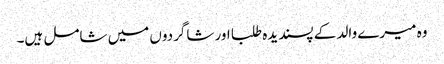
وہ میرے والد کے پسندیدہ طلبا اور شاگردوں میں شامل ہیں۔